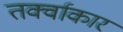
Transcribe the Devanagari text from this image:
तर्क्वाकार